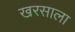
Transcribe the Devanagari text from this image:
खरसाला